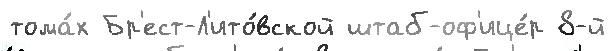
тома́х Бр'ест-Л'ито́вской штаб-оф'ице́р 8-й